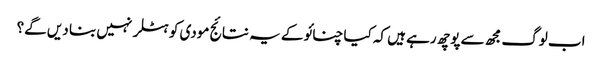
اب لوگ مجھ سے پوچھ رہے ہیں کہ کیا چنائو کے یہ نتائج مودی کو ہٹلر نہیں بنا دیں گے؟